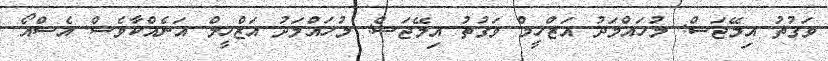
ވަގުތު އިމޭޖަސް: މުހައްމަދު އަޒްހީމް ވަގުތު އިމޭޖަސް: މުހައްމަދު އަޒްހީމް އަނެއްކާވެސް އެސްއޯ